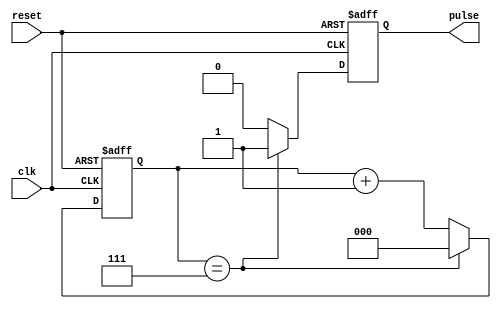
module divide_by_n_counter #(
    parameter N = 8  // Parameter for the divide factor (N)
) (
    input wire clk,      // Clock input
    input wire reset,    // Asynchronous reset input
    output reg pulse     // Output pulse signal
);

    // Calculate the number of bits needed to represent N
    localparam COUNTER_WIDTH = $clog2(N);
    
    reg [COUNTER_WIDTH-1:0] counter; // Counter register

    // Asynchronous reset and counter logic
    always @(posedge clk or posedge reset) begin
        if (reset) begin
            counter <= 0; // Reset the counter to 0
            pulse <= 0;   // Reset the pulse output
        end else begin
            if (counter == N-1) begin
                counter <= 0; // Reset counter when it reaches N
                pulse <= 1;    // Generate output pulse
            end else begin
                counter <= counter + 1; // Increment counter
                pulse <= 0;              // Clear pulse output
            end
        end
    end

endmodule